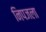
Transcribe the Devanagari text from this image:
निपजला